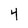
Character: 4